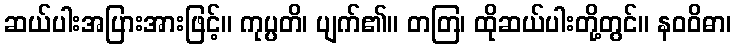
ဆယ်ပါးအပြားအားဖြင့်။ ကုပ္ပတိ၊ ပျက်၏။ တတြ၊ ထိုဆယ်ပါးတို့တွင်။ နဝဝိဓာ၊